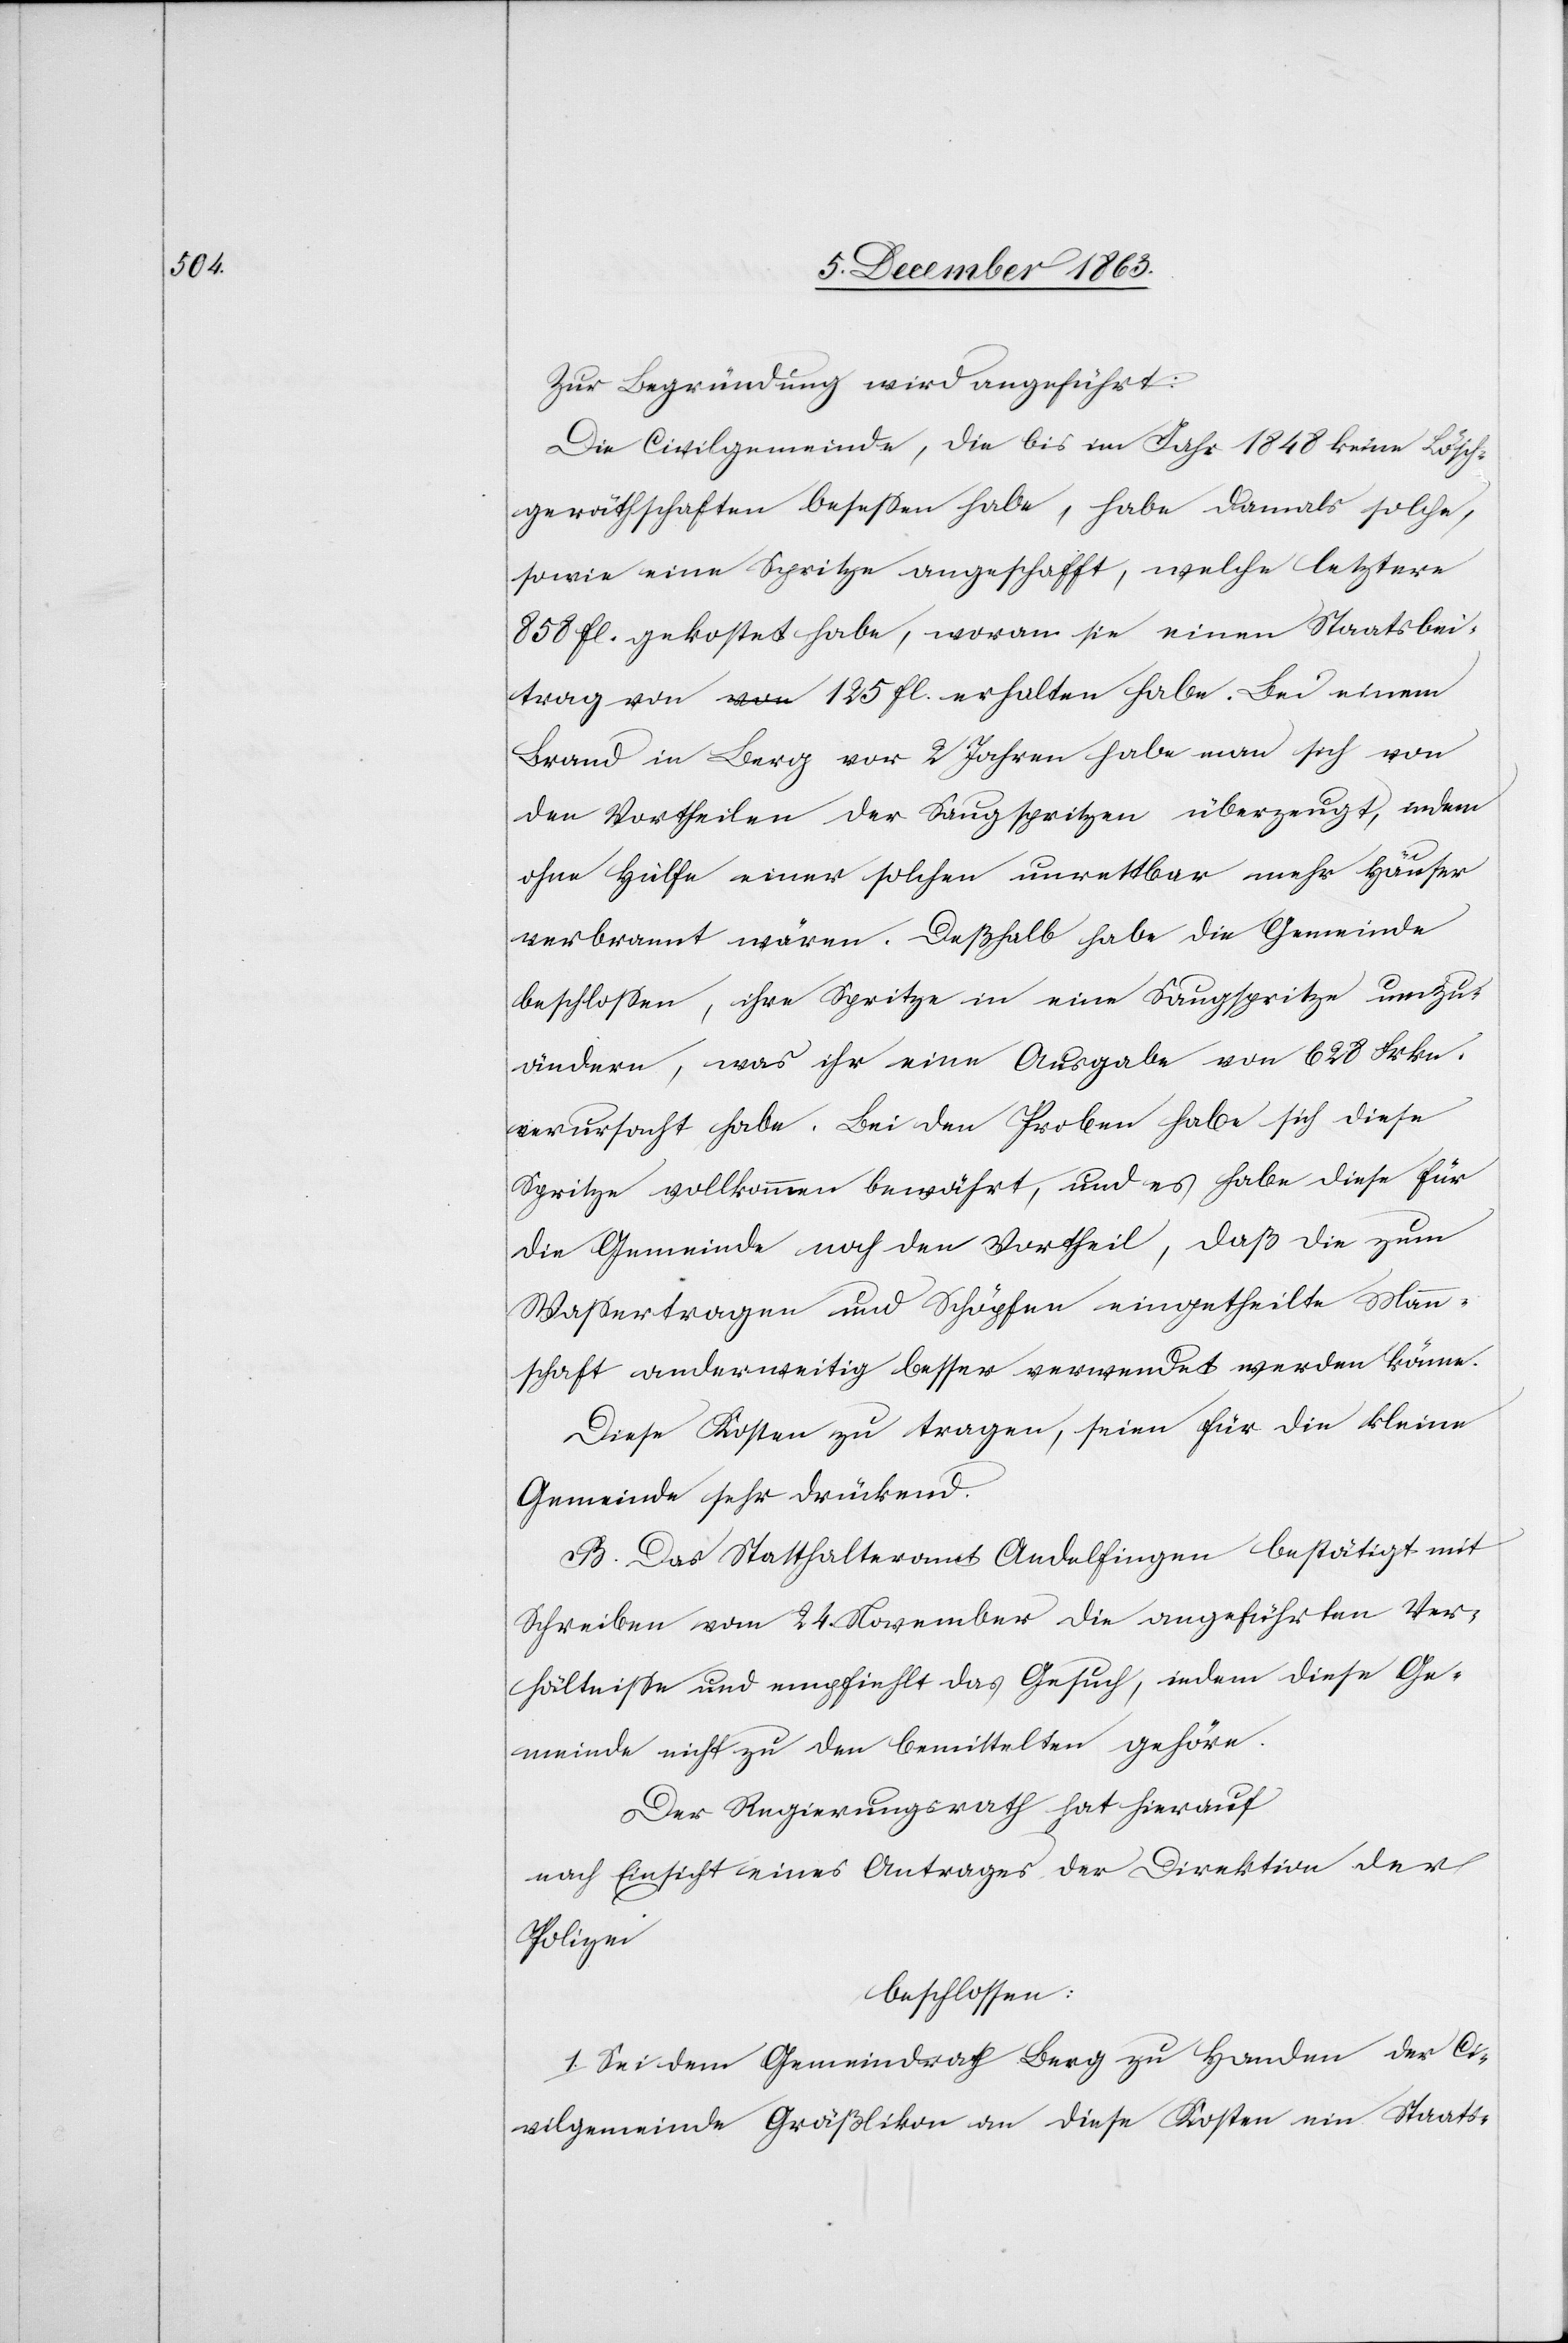
Zur Begründung wird angeführt:
Die Civilgemeinde, die bis im Jahr 1848 keine Lösch¬
geräthschaften besessen habe, habe damals solche,
sowie eine Spritze angeschafft, welche letztere
858 fl. gekostet habe, woran sie einen Staatsbei¬
trag von 125 fl. erhalten habe. Bei einem
Brand in Berg vor 2 Jahren habe man sich von
den Vortheilen der Saugspritzen überzeugt, indem
ohne Hülfe einer solchen unrettbar mehr Häuser
verbrannt wären. Deßhalb habe die Gemeinde
beschlossen, ihre Spritze in eine Saugspritze umzu¬
ändern, was ihr eine Ausgabe von 628 Frkn.
verursacht habe. Bei den Proben habe sich diese
Spritze vollkommen bewährt, und es habe diese für
die Gemeinde noch den Vortheil, daß die zum
Wassertragen und Schöpfen eingetheilte Mann¬
schaft anderweitig besser verwendet werden könne.
Diese Kosten zu tragen, seien für die kleine
Gemeinde sehr drückend.
B. Das Statthalteramt Andelfingen bestätigt mit
Schreiben vom 24 November die angeführten Ver¬
hältnisse und empfiehlt das Gesuch, indem diese Ge¬
meinde nicht zu den bemittelten gehöre.
Der Regierungsrath hat hierauf
nach Einsicht eines Antrages der Direktion der
Polizei
beschlossen:
1. Sei dem Gemeindrath Berg zu Handen der Ci¬
vilgemeinde Gräßlikon an diese Kosten ein Staats-